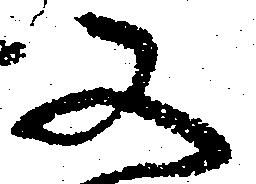
又